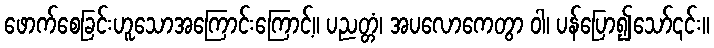
ဖောက်စေခြင်းဟူသောအကြောင်းကြောင့်။ ပညတ္တံ၊ အပလောကေတွာ ဝါ၊ ပန်ပြော၍သော်၎င်း။